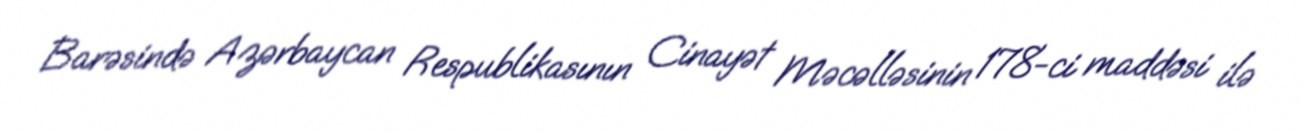
Barəsində Azərbaycan Respublikasının Cinayət Məcəlləsinin 178-ci maddəsi ilə